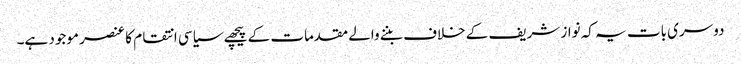
دوسری بات یہ کہ نواز شریف کے خلاف بننے والے مقدمات کے پیچھے سیاسی انتقام کا عنصر موجود ہے۔